Senior Leaving Certificate Examination (including Day School Certificate (Higher) General paper), 1947
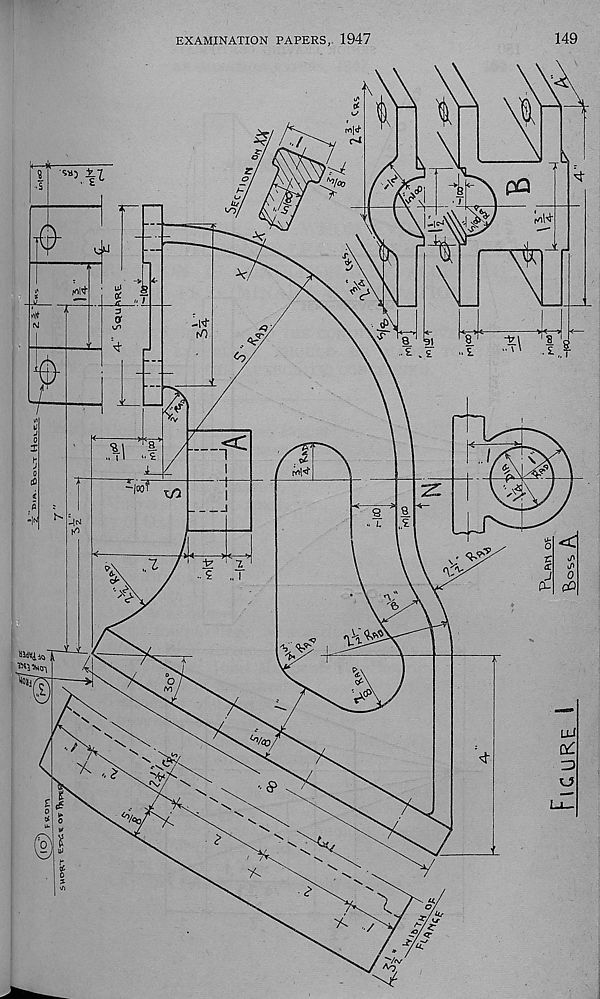
EXAMINATION PAPERS,. 1947
149
Figure i